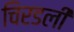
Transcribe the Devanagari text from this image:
चिरडली